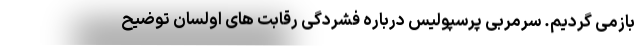
بازمی گردیم. سرمربی پرسپولیس درباره فشردگی رقابت های اولسان توضیح